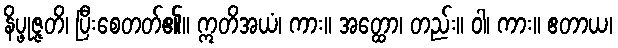
နိပ္ဖုဇ္ဇတိ၊ ပြီးစေတတ်၏။ ဣတိအယံ၊ ကား။ အတ္ထော၊ တည်း။ ဝါ၊ ကား။ ဧတာယ၊